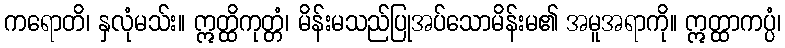
ကရောတိ၊ နှလုံမသ်း။ ဣတ္ထိကုတ္တံ၊ မိန်းမသည်ပြုအပ်သောမိန်းမ၏ အမူအရာကို။ ဣတ္ထာကပ္ပံ၊